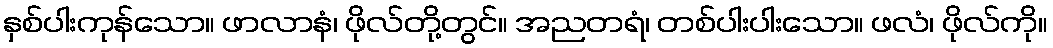
နှစ်ပါးကုန်သော။ ဖာလာနံ၊ ဖိုလ်တို့တွင်။ အညတရံ၊ တစ်ပါးပါးသော။ ဖလံ၊ ဖိုလ်ကို။